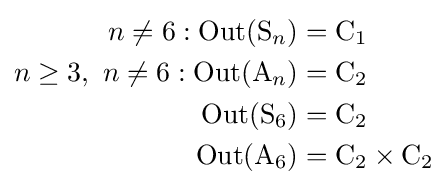
{\begin{aligned}n\neq 6:\operatorname {Out} (\mathrm {S} _{n})&=\mathrm {C} _{1}\\n\geq 3,\ n\neq 6:\operatorname {Out} (\mathrm {A} _{n})&=\mathrm {C} _{2}\\\operatorname {Out} (\mathrm {S} _{6})&=\mathrm {C} _{2}\\\operatorname {Out} (\mathrm {A} _{6})&=\mathrm {C} _{2}\times \mathrm {C} _{2}\end{aligned}}